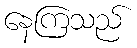
နေကြသည်